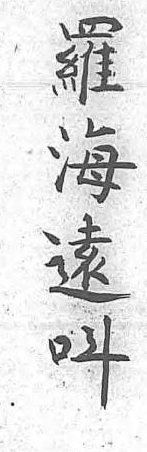
羅海遠呌